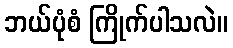
ဘယ်ပုံစံ ကြိုက်ပါသလဲ။